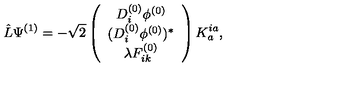
\hat { L } \Psi ^ { ( 1 ) } = - \sqrt { 2 } \left( \begin{array} { c } { D _ { i } ^ { ( 0 ) } \phi ^ { ( 0 ) } } \\ { ( D _ { i } ^ { ( 0 ) } \phi ^ { ( 0 ) } ) ^ { \ast } } \\ { \lambda F _ { i k } ^ { ( 0 ) } } \\ \end{array} \right) K _ { a } ^ { i a } ,